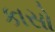
કાસો